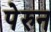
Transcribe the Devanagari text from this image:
पेरुन